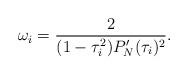
LaTeX: \begin{align*}\omega_i = \frac{2}{(1-\tau_i^2) P_N'(\tau_i)^2} .\end{align*}